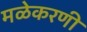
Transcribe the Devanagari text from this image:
मळेकरणी